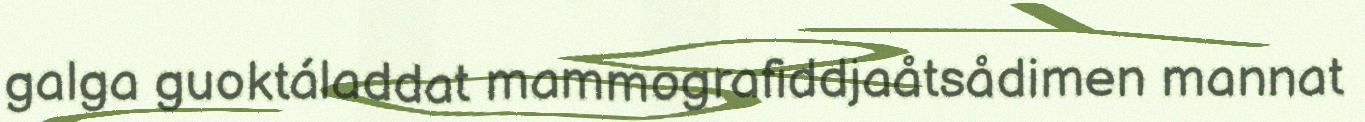
galga guoktáladdat mammografiddjaåtsådimen mannat